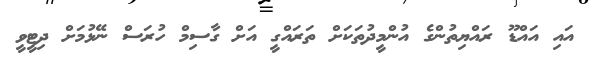
އައި އައްޑޫ ރައްޔިތުންގެ އުންމީދުތަކަށް ތަރައްގީ އަށް ގާސިމް ހުރަސް ނޭޅުމަށް ދިޓީވީ